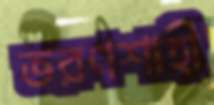
ভরণশাহী